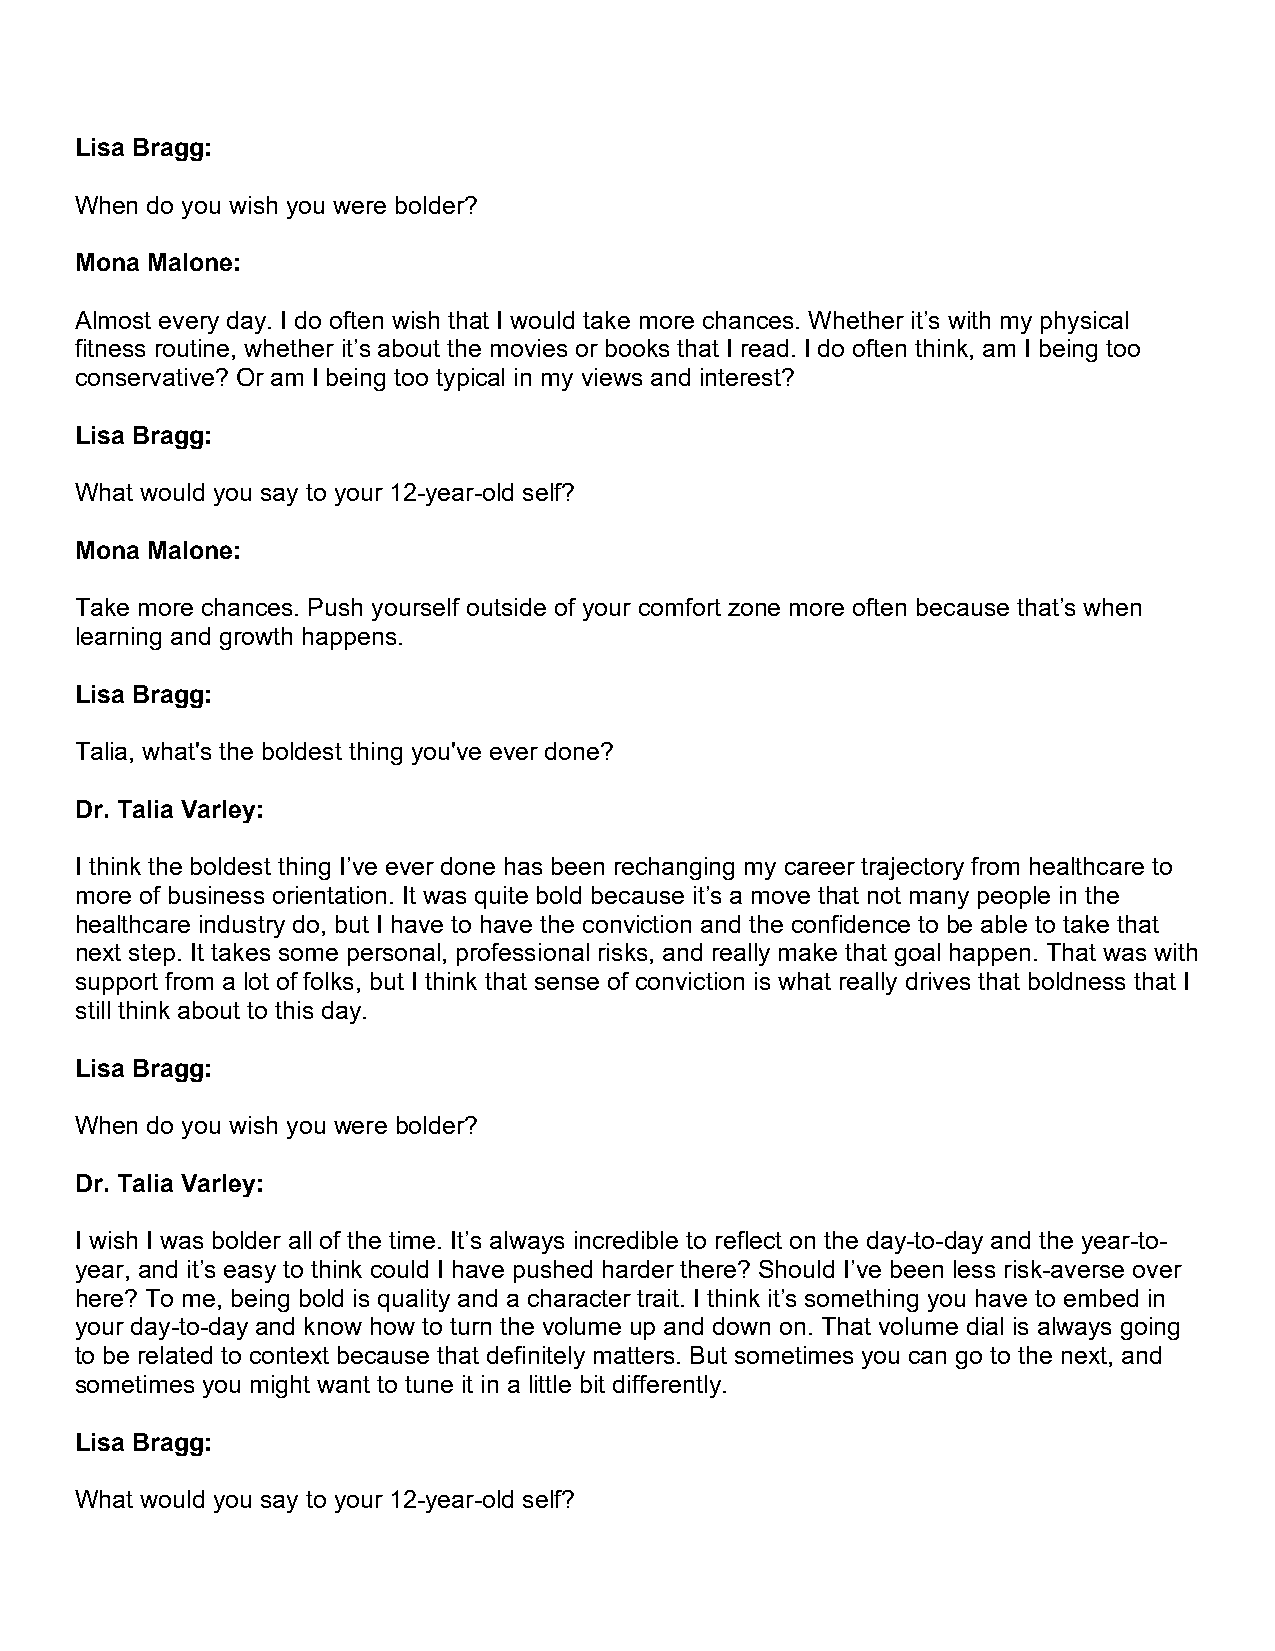
Lisa Bragg:
 When do you wish you were bolder?
 Mona Malone:
 Almost every day. I do often wish that I would take more chances. Whether it’s with my physical
 fitness routine, whether it’s about the movies or books that I read. I do often think, am I being too
 conservative? Or am I being too typical in my views and interest?
 Lisa Bragg:
 What would you say to your 12-year-old self?
 Mona Malone:
 Take more chances. Push yourself outside of your comfort zone more often because that’s when
 learning and growth happens.
 Lisa Bragg:
 Talia, what's the boldest thing you've ever done?
 Dr. Talia Varley:
 I think the boldest thing I’ve ever done has been rechanging my career trajectory from healthcare to
 more of business orientation. It was quite bold because it’s a move that not many people in the
 healthcare industry do, but I have to have the conviction and the confidence to be able to take that
 next step. It takes some personal, professional risks, and really make that goal happen. That was with
 support from a lot of folks, but I think that sense of conviction is what really drives that boldness that I
 still think about to this day.
 Lisa Bragg:
 When do you wish you were bolder?
 Dr. Talia Varley:
 I wish I was bolder all of the time. It’s always incredible to reflect on the day-to-day and the year-to-
 year, and it’s easy to think could I have pushed harder there? Should I’ve been less risk-averse over
 here? To me, being bold is quality and a character trait. I think it’s something you have to embed in
 your day-to-day and know how to turn the volume up and down on. That volume dial is always going
 to be related to context because that definitely matters. But sometimes you can go to the next, and
 sometimes you might want to tune it in a little bit differently.
 Lisa Bragg:
 What would you say to your 12-year-old self?